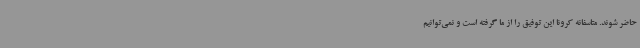
حاضر شوند. متاسفانه کرونا این توفیق را از ما گرفته است و نمی‌توانیم